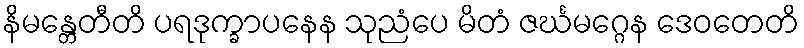
နိမန္တေတီတိ ပရဒုက္ခာပနေန သုညံပေ မိတံ ဇင်္ဃမဂ္ဂေန ဒေဝတေတိ